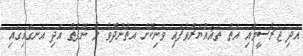
އަދި ޖަރާސީމާއި އަތް ތަޣައްޔަރުވެފައި ވަނިކޮށް އަތްނުދޮވެ ލޯ ނޭފަތް އަދި އަނގައިގައި